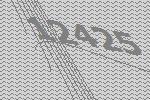
12425